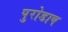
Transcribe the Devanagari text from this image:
पुरोडाष